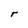
Character: r